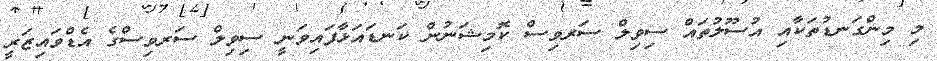
މި މިންގަނޑުތަކާއި އުސޫލުތައް ސިވިލް ސަރވިސް ކޮމިޝަނުން ކަނޑައަޅާފައިވަނީ ސިވިލް ސަރވިސްގެ އެޑްވައިޒަރީ